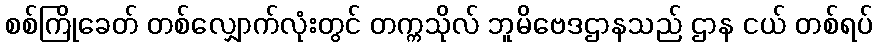
စစ်ကြိုခေတ် တစ်လျှောက်လုံးတွင် တက္ကသိုလ် ဘူမိဗေဒဌာနသည် ဌာန ငယ် တစ်ရပ်